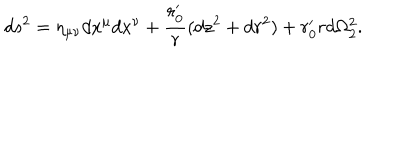
d s ^ { 2 } = \eta _ { \mu \nu } d x ^ { \mu } d x ^ { \nu } + \frac { r _ { 0 } ^ { \prime } } { r } ( d z ^ { 2 } + d r ^ { 2 } ) + r _ { 0 } ^ { \prime } r d \Omega _ { 2 } ^ { 2 } .